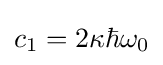
c_{1}=2\kappa \hbar \omega _{0}